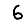
Digit: 6